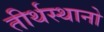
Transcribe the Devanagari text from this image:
तीर्थस्थानो